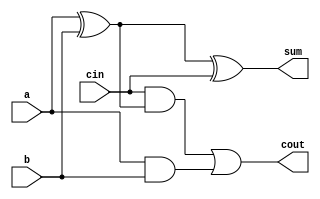
// iverilog 4*4_mul_Structural.v 
// ./a.out
// Implement 4*4 array multiplier in stuctural verilog

`timescale 1ns/1ps
module fulladder(a,b,cin,sum,cout);
    input a,b,cin;
    output sum,cout;
    wire x,y,z;

    xor(x,a,b);
    xor(sum,x,cin);
    and(y,cin,x);
    and(z,a,b);
    or(cout,y,z);

endmodule

module multiplier(a,b,p);
    //inputs
    input [3:0]a,b;
    //outputs
    output [7:0]p;

    //wires
    wire [39:0]w;

    //andgate instantiations
    and a1(w[0],a[0],b[0]);
    and a2(w[1],a[1],b[0]);
    and a3(w[2],a[2],b[0]);
    and a4(w[3],a[3],b[0]);

    and a5(w[4],a[0],b[1]);
    and a6(w[5],a[1],b[1]);
    and a7(w[6],a[2],b[1]);
    and a8(w[7],a[3],b[1]);

    and a9(w[8],a[0],b[2]);
    and a10(w[9],a[1],b[2]);
    and a11(w[10],a[2],b[2]);
    and a12(w[11],a[3],b[2]);

    and a13(w[12],a[0],b[3]);
    and a14(w[13],a[1],b[3]);
    and a15(w[14],a[2],b[3]);
    and a16(w[15],a[3],b[3]);

    assign p[0]=w[0];
    //full adders instatiations
    fulladder a17(1'b0,w[1],w[4],w[16],w[17]);
    fulladder a18(1'b0,w[2],w[5],w[18],w[19]);
    fulladder a19(1'b0,w[3],w[6],w[20],w[21]);

    fulladder a20(w[8],w[17],w[18],w[22],w[23]);
    fulladder a21(w[9],w[19],w[20],w[24],w[25]);
    fulladder a22(w[10],w[7],w[21],w[26],w[27]);

    fulladder a23(w[12],w[23],w[24],w[28],w[29]);
    fulladder a24(w[13],w[25],w[26],w[30],w[31]);
    fulladder a25(w[14],w[11],w[27],w[32],w[33]);

    fulladder a26(1'b0,w[29],w[30],w[34],w[35]);
    fulladder a27(w[31],w[32],w[35],w[36],w[37]);
    fulladder a28(w[15],w[33],w[37],w[38],w[39]);

    //output assignments
    assign p[1]=w[16];
    assign p[2]=w[22];
    assign p[3]=w[28];
    assign p[4]=w[34];
    assign p[5]=w[36];
    assign p[6]=w[38];
    assign p[7]=w[39];

endmodule

module mul_tb();
	reg [3:0]a,b;
	wire [7:0]c;

    multiplier m(a,b,c);
	
	initial begin
		#00  a=1 ;  b=11;
		#10  a=2;   b=12;
		#10  a=3;   b=13;
		#10  a=4;   b=15;
        #10  a=5;   b=16;
        #10  a=6;   b=7;
        #10  a=7;   b=4;
        #10  a=8;   b=2;
        #10  a=9;   b=8;
        #10  a=10;  b=9;
        #10  a=11;  b=5;
        #10  a=12;  b=12;
        #10  a=13;  b=14;
        #10  a=14;  b=11;
	end
	
	initial begin
		$monitor("%d: a=%d b=%d cout=%d",$time,a,b,c);
		$dumpfile("mul.vcd");
		$dumpvars(0,mul_tb);
	end
endmodule